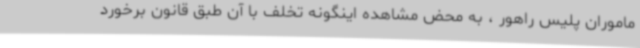
ماموران پلیس راهور ، به محض مشاهده اینگونه تخلف با آن طبق قانون برخورد